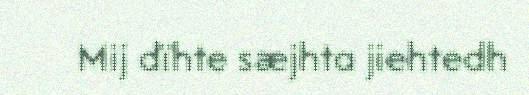
Mij dïhte sæjhta jiehtedh